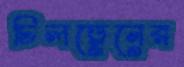
চিলড্রেনের